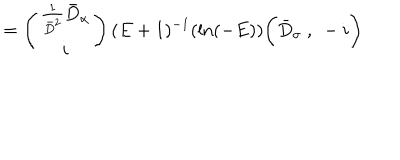
= \left( \begin{array} { c } { { \frac { 1 } { \bar { D } ^ { 2 } } \bar { D } _ { \alpha } } } \\ { { i } } \\ \end{array} \right) ( E + 1 ) ^ { - 1 } ( \mathrm { l n } ( - E ) ) \biggl ( \bar { D } _ { \sigma } \ , \ - i \biggr )